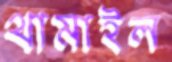
থামাইল